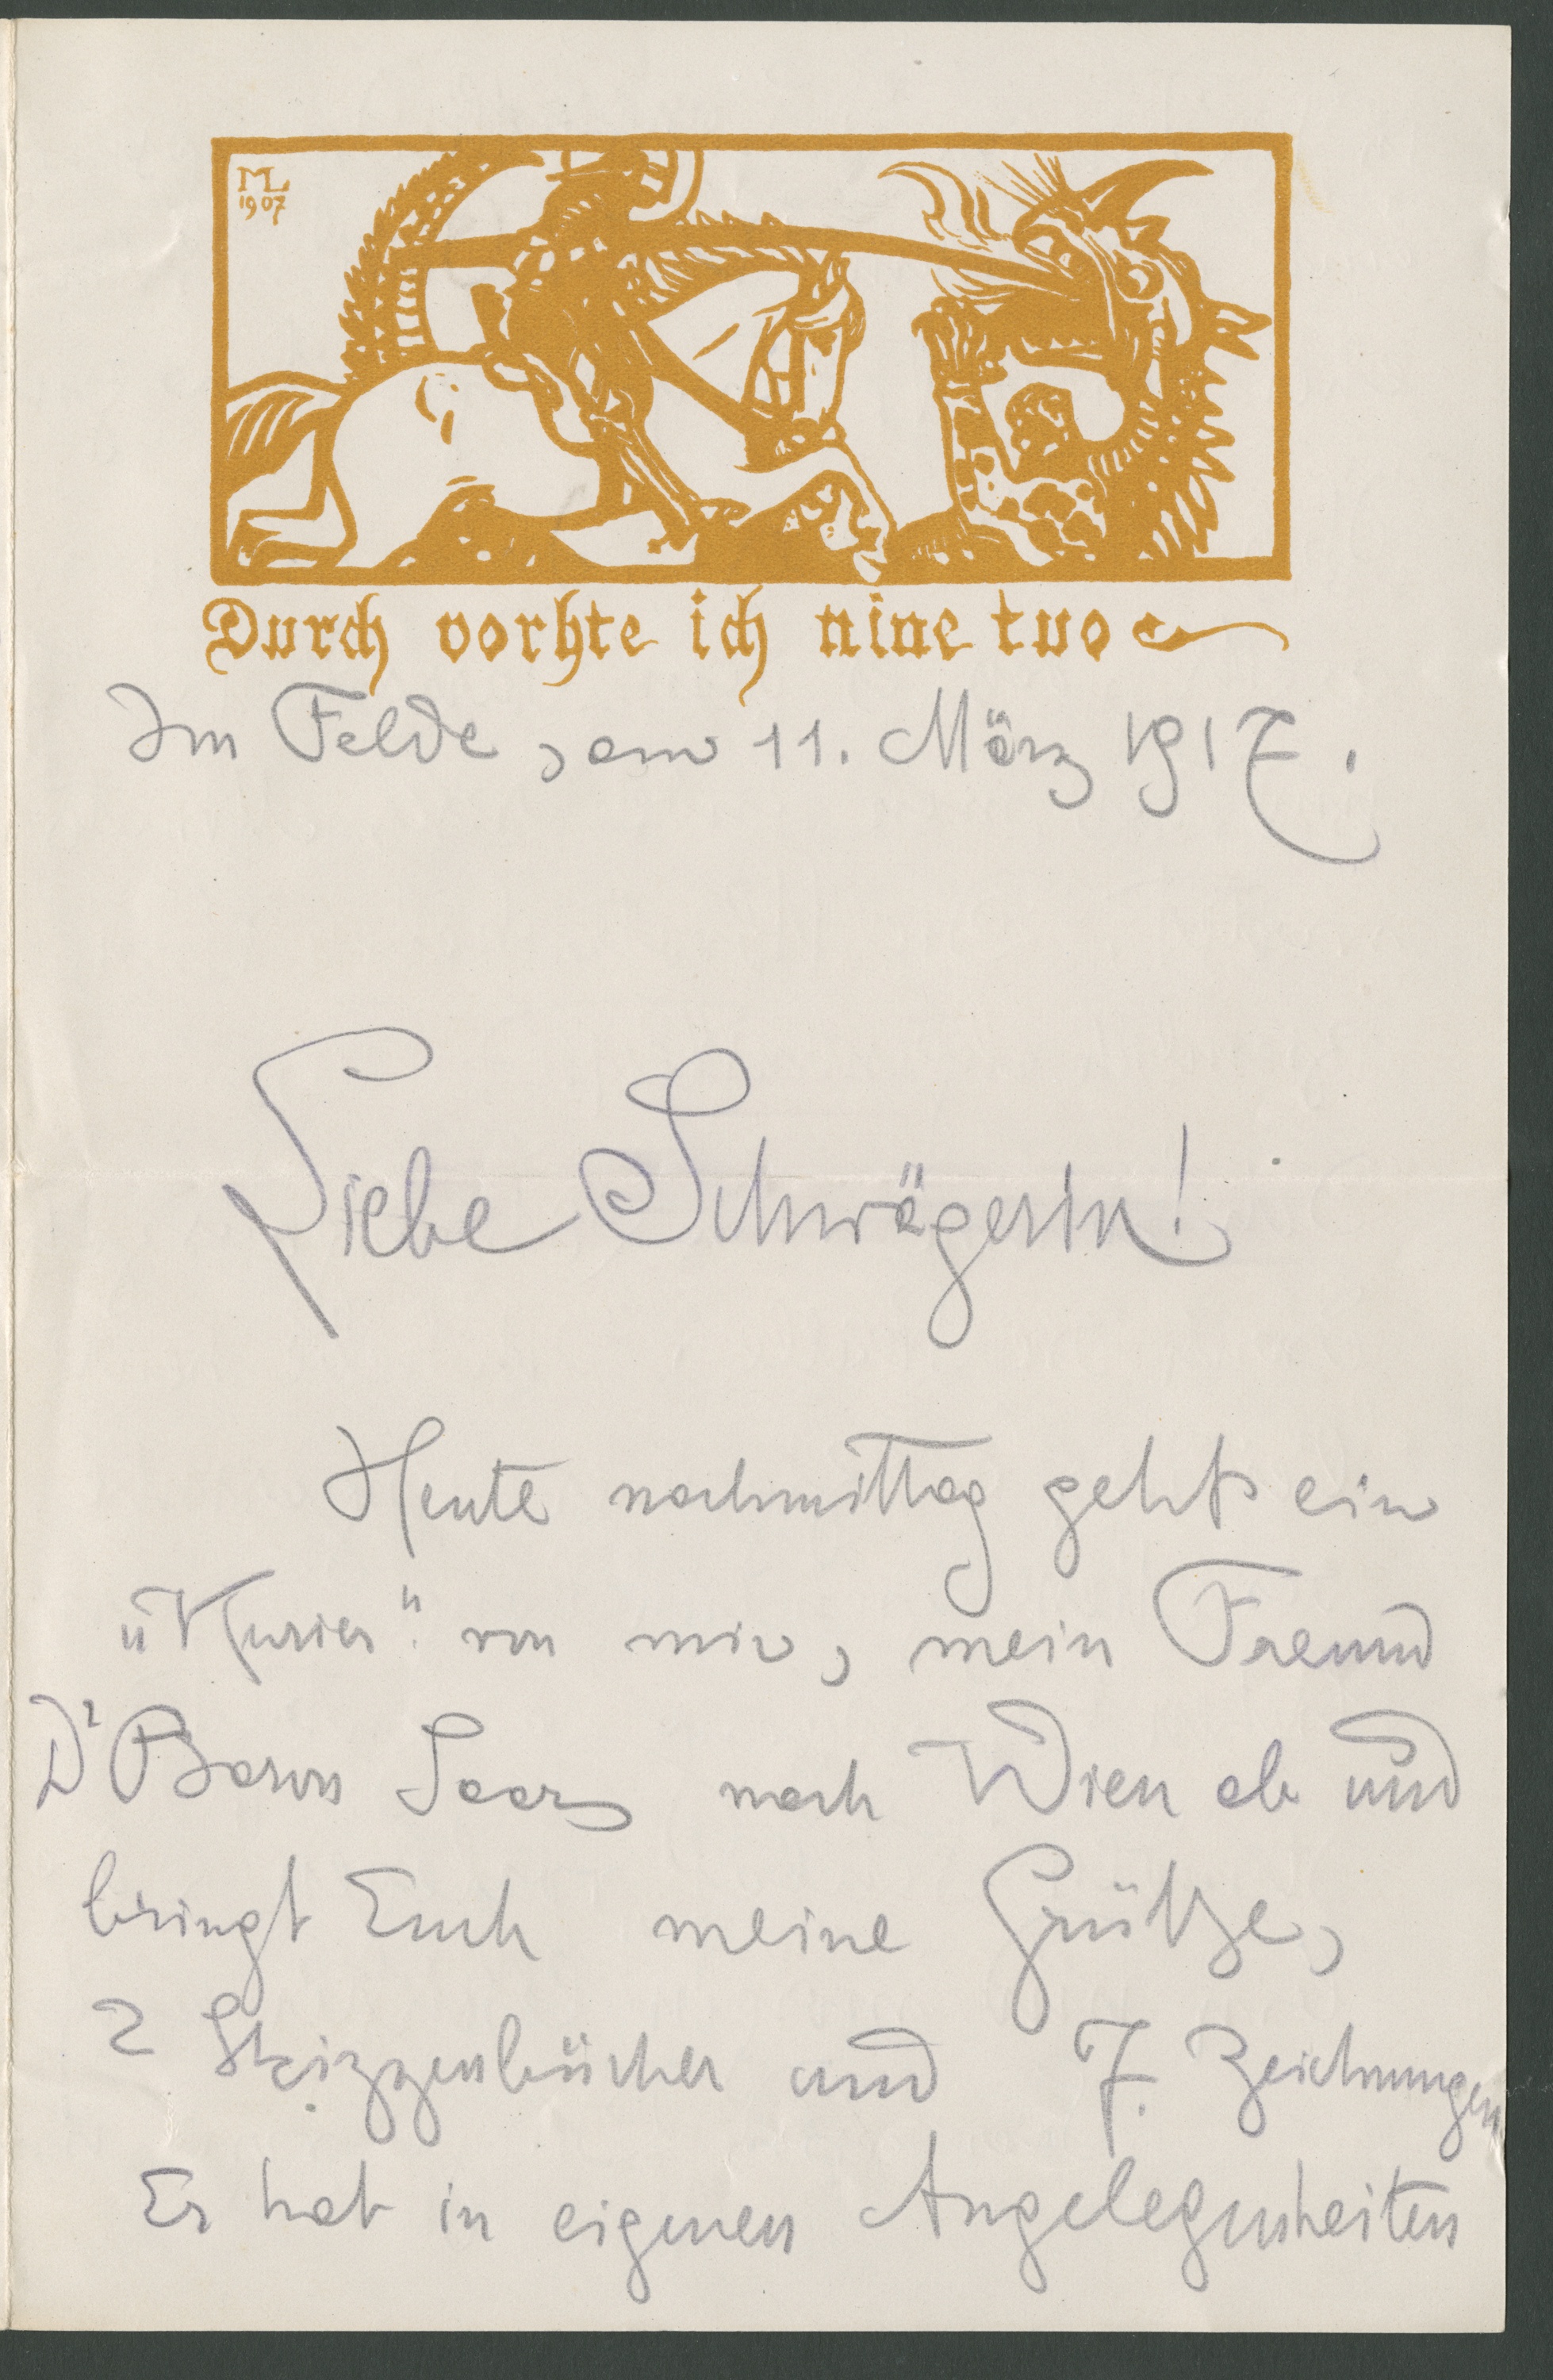
1907
Durch vorhte ich nine tuo
Im Felde, am 11. März 1917.
Liebe Schwägerin!
heute nachmittag geht ein
"Kurier" von mir, mein Freund
Dr. Baron Saar nach Wien ab und
bringt Euch meine Grüße,
2 Skizzenbücher und 7 Zeichnungen.
Er hat in eigenen Angelegenheiten